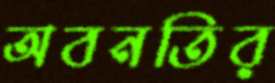
অবনতির